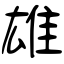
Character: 雄